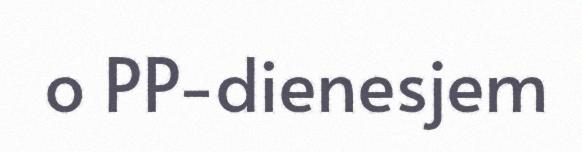
o PP-dienesjem